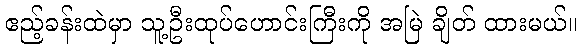
ဧည့်ခန်းထဲမှာ သူ့ဦးထုပ်ဟောင်းကြီးကို အမြဲ ချိတ် ထားမယ်။